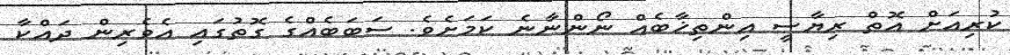
ކުރިއަށް އޮތް ރިޔާސީ އިންތިޚާބެއް ނޯންނާނެ ކަމަށެވެ. ސަބަބެއްގެ ގޮތުގައި އެވެރިން ދައްކާ